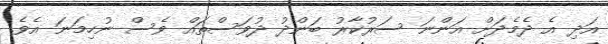
އަދި އެ ދެމެދަށް އަންނަ ސަރުކާރު ބަންދު ދުވަސްތައް ވެސް ނުހިމަނަ އެވެ.